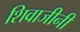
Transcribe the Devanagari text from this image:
शिवाजीनी